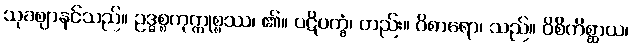
သုခဈာနင်သည်။ ဥဒ္ဓစ္စကုက္ကုစ္စဿ၊ ၏။ ပဋိပက္ခံ၊ တည်း။ ဝိစာရော၊ သည်။ ဝိစိကိစ္ဆာယ၊